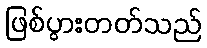
ဖြစ်ပွားတတ်သည်